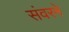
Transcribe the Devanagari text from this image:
संवरने